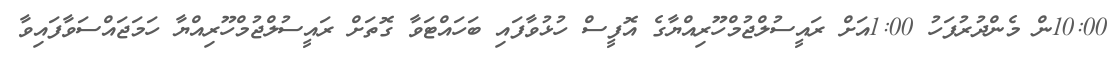
10:00ން މެންދުރުފަހު 1:00އަށް ރައީސުލްޖުމްހޫރިއްޔާގެ އޮފީސް ހުޅުވާފައި ބަހައްޓަވާ ގޮތަށް ރައީސުލްޖުމްހޫރިއްޔާ ހަމަޖައްސަވާފައިވާ